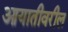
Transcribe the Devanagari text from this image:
आयातीवरील